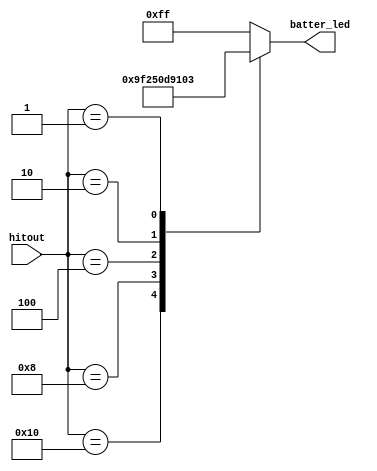
`default_nettype none

module batter_led_out(
	input wire [4:0] hitout, // hit1,hit2,hit3,hit4,out
	output wire [7:0] batter_led
);

	function [7:0] hit7segdec(input [4:0] hit);
	begin
		case (hit)
			5'b10000: hit7segdec = 8'b10011111; // hit1
			5'b01000: hit7segdec = 8'b00100101; // hit2
			5'b00100: hit7segdec = 8'b00001101; // hit3
			5'b00010: hit7segdec = 8'b10010001; // hit4
			5'b00001: hit7segdec = 8'b00000011; // out
			default:  hit7segdec = 8'b11111111; // none
		endcase
	end
	endfunction

	assign batter_led = hit7segdec(hitout);

endmodule